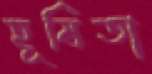
হূষিতা